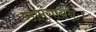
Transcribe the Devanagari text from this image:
सामगायनः।